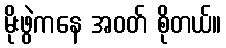
မိုးဖွဲကနေ အဝတ် စိုတယ်။